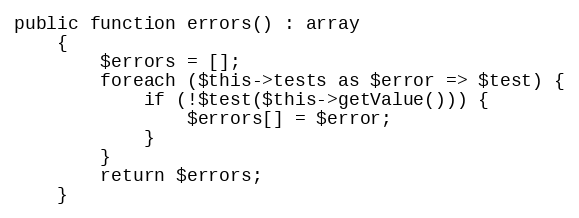
Language: PHP
public function errors() : array
    {
        $errors = [];
        foreach ($this->tests as $error => $test) {
            if (!$test($this->getValue())) {
                $errors[] = $error;
            }
        }
        return $errors;
    }